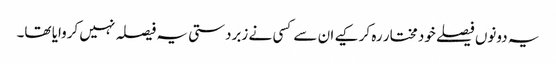
یہ دونوں فیصلے خود مختار رہ کر کیے ان سے کسی نے زبردستی یہ فیصلہ نہیں کروایا تھا۔